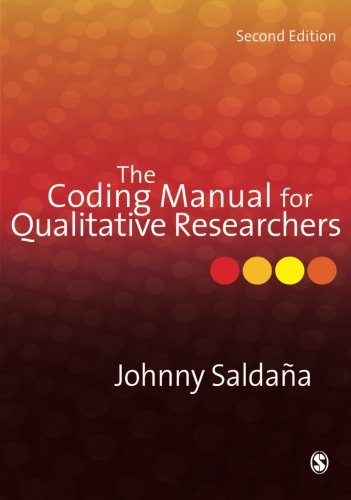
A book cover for The Coding Manual for Qualitative Researchers; Johnny SaldaÃ±a; Politics & Social Sciences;